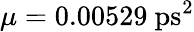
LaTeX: \mu=0.00529~\mathrm{ps}^{2}